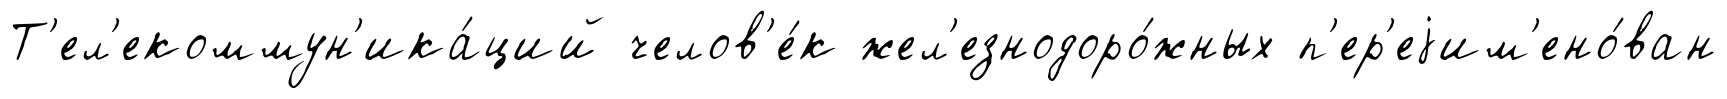
Т'ел'екоммун'ика́ций челов'е́к жел'езнодоро́жных п'ер'еjим'ено́ван